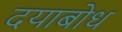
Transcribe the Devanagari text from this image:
दयाबोध